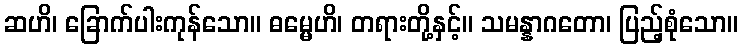
ဆဟိ၊ ခြောက်ပါးကုန်သော။ ဓမ္မေဟိ၊ တရားတို့နှင့်။ သမန္နာဂတော၊ ပြည့်စုံသော။